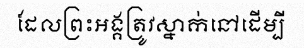
ដែលព្រះអង្គត្រូវស្នាក់នៅដើម្បី